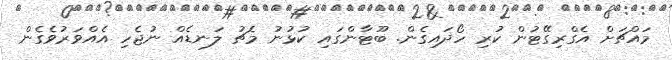
މައްޗަށް އެގްރިގޭޓުން ކުރި ހޯދައިގެން. ބޫޓާންގައި ކުޅުނު މެޗު ލަނޑެއް ނުޖެހި އެއްވަރުވެގެން